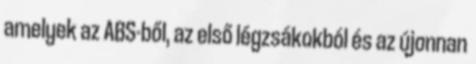
amelyek az ABS-ből, az első légzsákokból és az újonnan